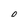
Character: 0